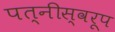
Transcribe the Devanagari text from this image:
पत्नीस्वरूप